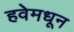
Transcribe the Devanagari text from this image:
हवेमधून